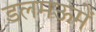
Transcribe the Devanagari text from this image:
डलमऊमें